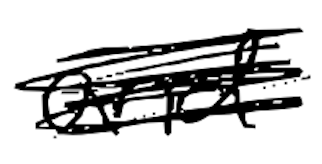
Text: and
Cross-out: scratch
Writing tool: digital_black